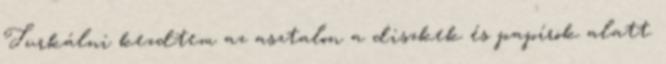
Turkálni kezdtem az asztalon a diszkek és papírok alatt.